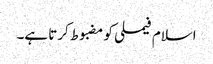
اسلام فیملی کو مضبوط کرتا ہے۔